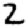
Digit: 2